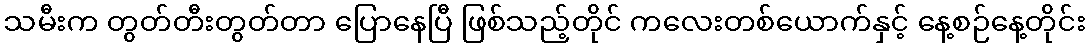
သမီးက တွတ်တီးတွတ်တာ ပြောနေပြီ ဖြစ်သည့်တိုင် ကလေးတစ်ယောက်နှင့် နေ့စဉ်နေ့တိုင်း